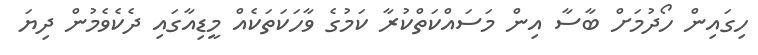
ހިގައިން ހޯދުމަށް ބާސާ އިން މަސައްކަތްކުރާ ކަމުގެ ވާހަކަތަކެއް މީޑިއާގައި ދެކެވެމުން ދިޔަ